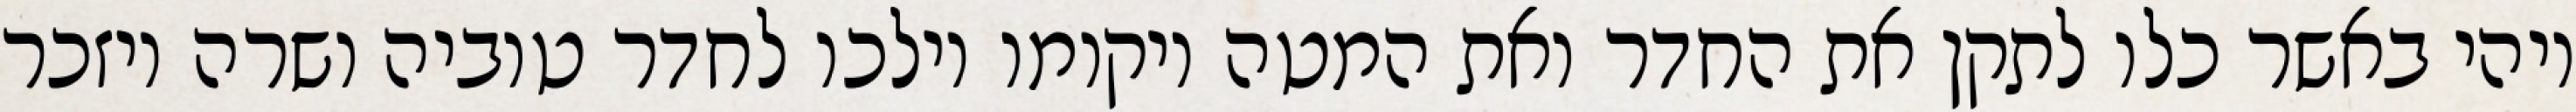
ויהי באשר כלו לתקן את החדר ואת המטה ויקומו וילכו לחדר טוביה ושרה ויזכר